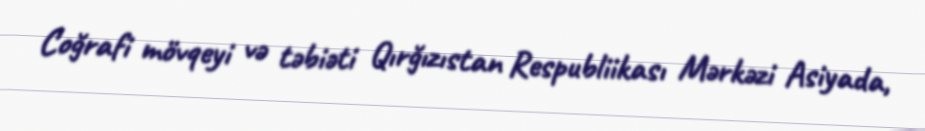
Coğrafi mövqeyi və təbiəti Qırğızıstan Respubliikası Mərkəzi Asiyada,